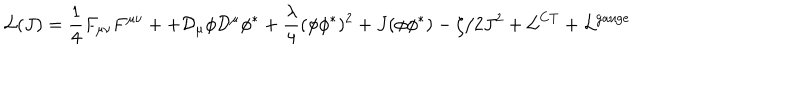
{ \cal L } ( J ) = \frac { 1 } { 4 } F _ { \mu \nu } F ^ { \mu \nu } + + { \cal D } _ { \mu } \phi { \cal D } ^ { \mu } \phi ^ { * } + \frac { \lambda } { 4 } ( \phi \phi ^ { * } ) ^ { 2 } + J ( \phi \phi ^ { * } ) - \zeta / 2 J ^ { 2 } + { \cal L } ^ { \mathrm { C T } } + { \cal L } ^ { \mathrm { g a u g e } }